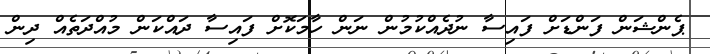
ޕެންޝަން ފަންޑަށް ފައިސާ ނުދެއްކުމުން ނަން ހާމަކޮށް ފައިސާ ދައްކަން މުއްދަތެއް ދިން